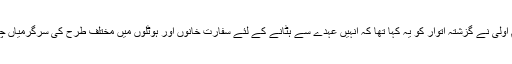
وزیر اعظم اولی نے گزشتہ اتوار کو یہ کہا تھا کہ انہیں عہدے سے ہٹانے کے لئے سفارت خانوں اور ہوٹلوں میں مختلف طرح کی سرگرمیاں چل رہی ہیں۔